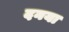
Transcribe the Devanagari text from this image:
दनया